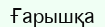
Ғарышқа